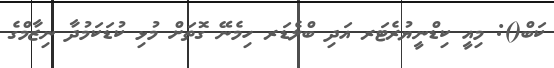
ކަބް(): މިއީ ކިޑްނީޔުރެޓަރ އަދި ބްލެޑަރ ހިމެނޭ ގޮތަށް މުޅި ކުޑަކަމުދާ ނިޒާމްގެ